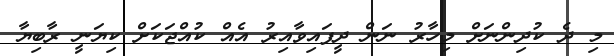
މި ދެ ކުދިންނަށް މިހާރު ނަން ދީފައިވާއިރު އެއް ކުއްޖަކަށް ކިޔަނީ ރާބިޔާ